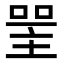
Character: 𠸈